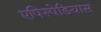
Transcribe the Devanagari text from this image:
एपिस्पेडियास